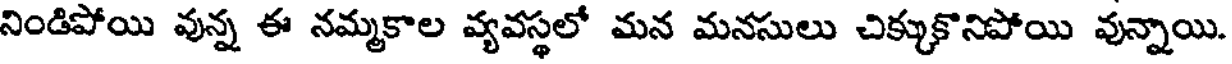
నిండిపోయి వున్న ఈ నమ్మకాల వ్యవస్థలో మన మనసులు చిక్కుకొనిపోయి వున్నాయి.